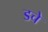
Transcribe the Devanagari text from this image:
डचे